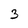
Character: 3